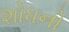
શોધનો